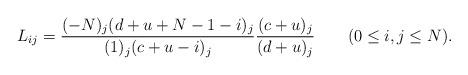
LaTeX: \begin{align*}L_{ij}=\dfrac{(-N)_j(d+u+N-1-i)_j}{(1)_j(c+u-i)_j}\dfrac{(c+u)_j}{(d+u)_j}\qquad(0\le i,j\le N). \end{align*}